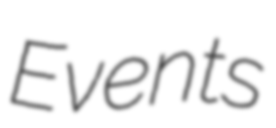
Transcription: Events